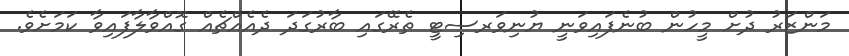
މަންޒަރު ދުށް މީހުން ބުނެފައިވަނީ ޔުނިވަރސިޓީ ތެރޭގައި ބާރުގަދަ ދެއެއްޗެއް ގޮއްވާލާފައިވާ ކަމަށެވެ.